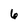
Character: 6